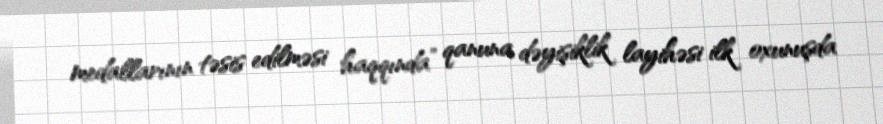
medallarının təsis edilməsi haqqında” qanuna dəyişiklik layihəsi ilk oxunuşda